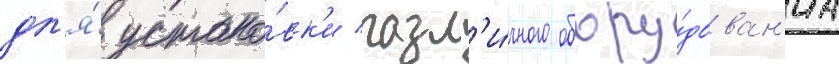
дл'я́ устано́вк'и разл'и́чного обору́дован'иа